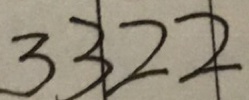
3 3 2 2